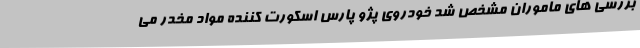
بررسی های ماموران مشخص شد خودروی پژو پارس اسکورت کننده مواد مخدر می